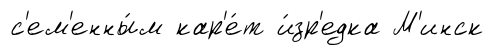
с'ем'енны́м кар'е́т и́зр'едка М'инск